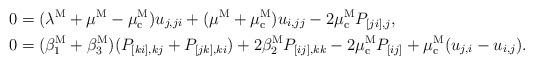
LaTeX: \begin{align*}0&=(\lambda^{\rm M}+\mu^{\rm M}-\mu_{\rm c}^{\rm M})u_{j,ji}+(\mu^{\rm M}+\mu_{\rm c}^{\rm M})u_{i,jj}-2\mu_{\rm c}^{\rm M} P_{[ji],j},\\0&=(\beta_1^{\rm M}+\beta_3^{\rm M})(P_{[ki],kj}+P_{[jk],ki})+2\beta_2^{\rm M} P_{[ij],kk}-2\mu_{\rm c}^{\rm M} P_{[ij]}+\mu_{\rm c}^{\rm M} (u_{j,i}-u_{i,j}).\end{align*}